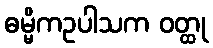
ဓမ္မိကဥပါသက ဝတ္ထု